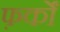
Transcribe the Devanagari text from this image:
फ़र्कों